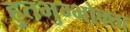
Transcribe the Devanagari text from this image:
हुतभुग्भोक्ता